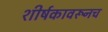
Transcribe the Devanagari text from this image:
शीर्षकावरूनच